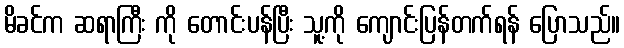
မိခင်က ဆရာကြီး ကို တောင်းပန်ပြီး သူ့ကို ကျောင်းပြန်တက်ရန် ပြောသည်။